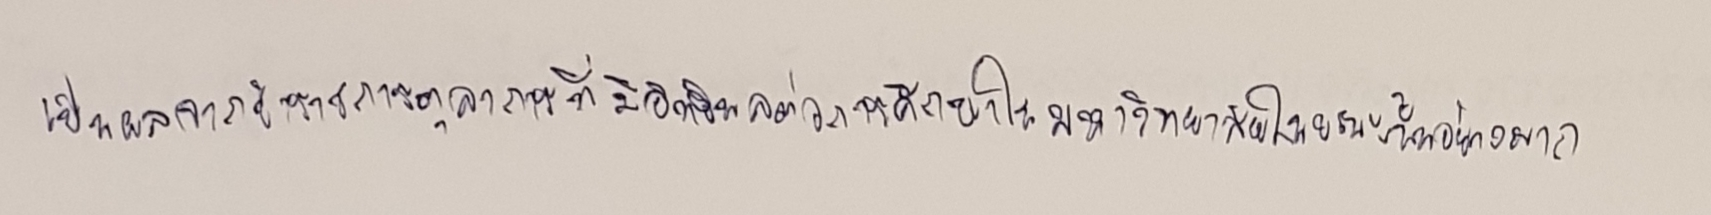
เป็นผลจากข้าราชการตุลาการที่มีอิทธิพลต่อการศึกษาในมหาวิทยาลัยในขณะนั้นอย่างมาก